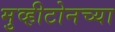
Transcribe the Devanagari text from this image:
मुव्हीटोनच्या